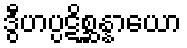
ဒွီဟပ္ပဋိစ္ဆန္နာယော